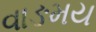
વાઙમય